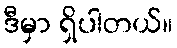
ဒီမှာ ရှိပါတယ်။